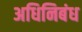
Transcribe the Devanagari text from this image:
अधिनिबंध